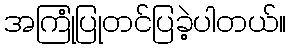
အကြုံပြုတင်ပြခဲ့ပါတယ်။